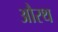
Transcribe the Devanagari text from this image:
औरथ